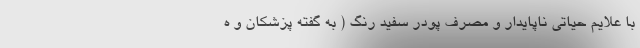
با علایم حیاتی ناپایدار و مصرف پودر سفید رنگ ( به گفته پزشکان و ه